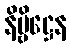
နိဗ္ဗိဋ္ဌေန